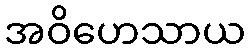
အဝိဟေသာယ